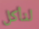
لنأكل